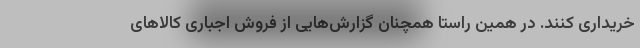
خریداری کنند. در همین راستا همچنان گزارش‌هایی از فروش اجباری کالاهای